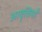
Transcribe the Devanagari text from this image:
अावृतियाँ